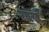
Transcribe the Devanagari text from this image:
शांख